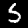
Label: 5